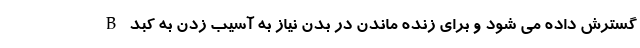
B گسترش داده می شود و برای زنده ماندن در بدن نیاز به آسیب زدن به کبد